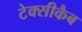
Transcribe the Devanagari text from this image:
टेक्सीकैब